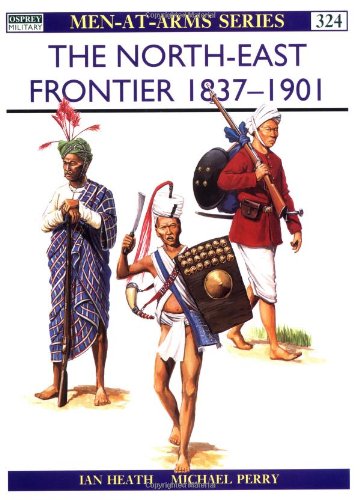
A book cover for The North-East Frontier 1837-1901 (Men-at-Arms); Ian Heath; History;